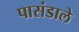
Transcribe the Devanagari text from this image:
पासंडाले